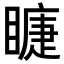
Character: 𥊆